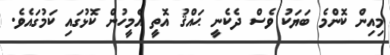
މިއިން ކޮންމެ ބަޔަކު ވެސް ދެކެނީ ޙައްޤު އޮތީ އެމީހުން ކޮޅުގައި ކަމުގައެވެ.